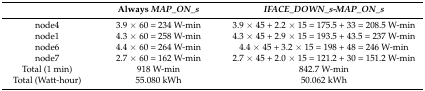
<table><thead><tr><td></td><td><b>Always <i>MAP_ON_s</i></b></td><td><b><i>IFACE_DOWN_s</i>-<i>MAP_ON_s</i></b></td></tr></thead><tbody><tr><td>node4</td><td>3.9 × 60 = 234 W-min</td><td>3.9 × 45 + 2.2 × 15 = 175.5 + 33 = 208.5 W-min</td></tr><tr><td>node1</td><td>4.3 × 60 = 258 W-min</td><td>4.3 × 45 + 2.9 × 15 = 193.5 + 43.5 = 237 W-min</td></tr><tr><td>node6</td><td>4.4 × 60 = 264 W-min</td><td>4.4 × 45 + 3.2 × 15 = 198 + 48 = 246 W-min</td></tr><tr><td>node7</td><td>2.7 × 60 = 162 W-min</td><td>2.7 × 45 + 2.0 × 15 = 121.2 + 30 = 151.2 W-min</td></tr><tr><td>Total (1 min)</td><td>918 W-min</td><td>842.7 W-min</td></tr><tr><td>Total (Watt-hour)</td><td>55.080 kWh</td><td>50.062 kWh</td></tr></tbody></table>